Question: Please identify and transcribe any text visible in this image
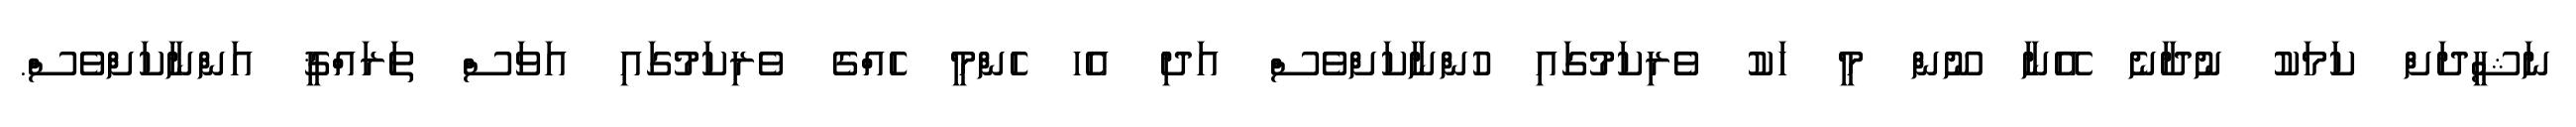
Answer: ނަޝީދަށް ކަމަކު ނުދާނެ އޭނާ ނޫން މީ ހަކު ވެރިކަމުގައި ހުންނާކަށްވެސް އަދި އެހ ހެންމީ ހެއްގެ ވެރިކަމުގައި އަވަސް ތަރައްޤީ އަންނާކަށްވެސް.